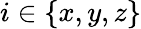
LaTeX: i\in\{ x,y,z\}